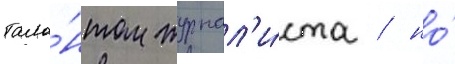
тала́нтом журнал'и́ста / но́